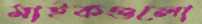
মাইকগুলো